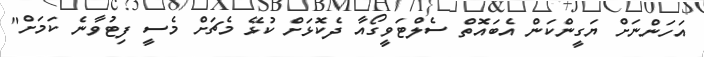
އަހަންނަށް ޔަގީންކަން އެބައޮތް ސެލްޓަވީގޯއާ ދެކޮޅަށް ކުޅޭ މެޗަށް މެސީ ފިޓުވާނެ ކަމަށް"